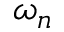
\omega _ { n }